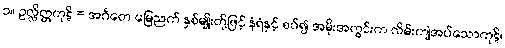
၁။ ဥလ္လိတ္တကုဋိ = အင်္ဂတေ မြေညက် နှစ်မျိုးတို့ဖြင့် နံရံနှင့် စပ်၍ အမိုးအတွင်းက လိမ်းကျံအပ်သောကုဋိ၊